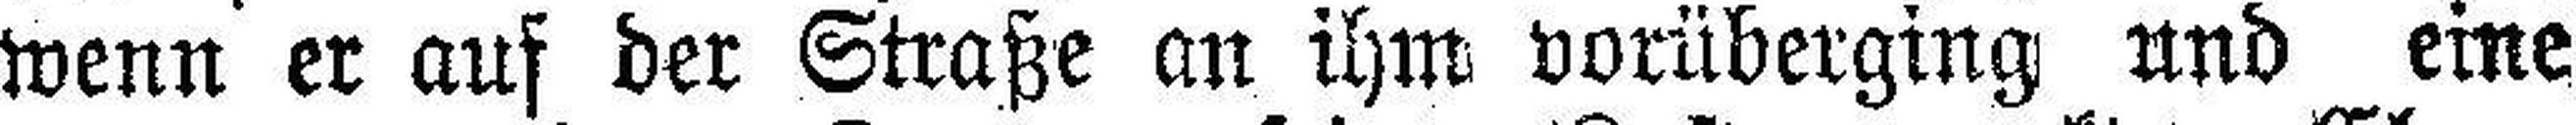
wenn er auf der Straße an ihm vorüberging und eine